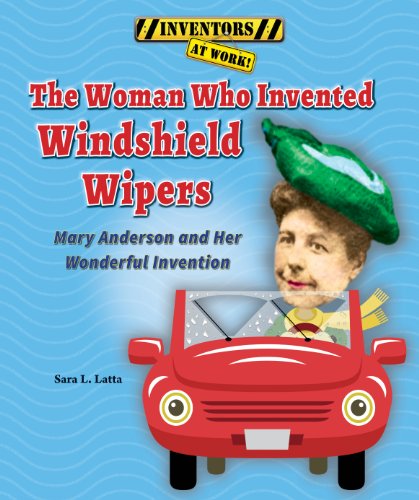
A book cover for The Woman Who Invented Windshield Wipers: Mary Anderson and Her Wonderful Invention (Inventors at Work!); Sara L. Latta; Children's Books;